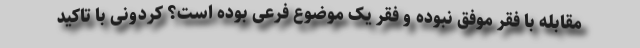
مقابله با فقر موفق نبوده و فقر یک موضوع فرعی بوده است؟ کردونی با تاکید